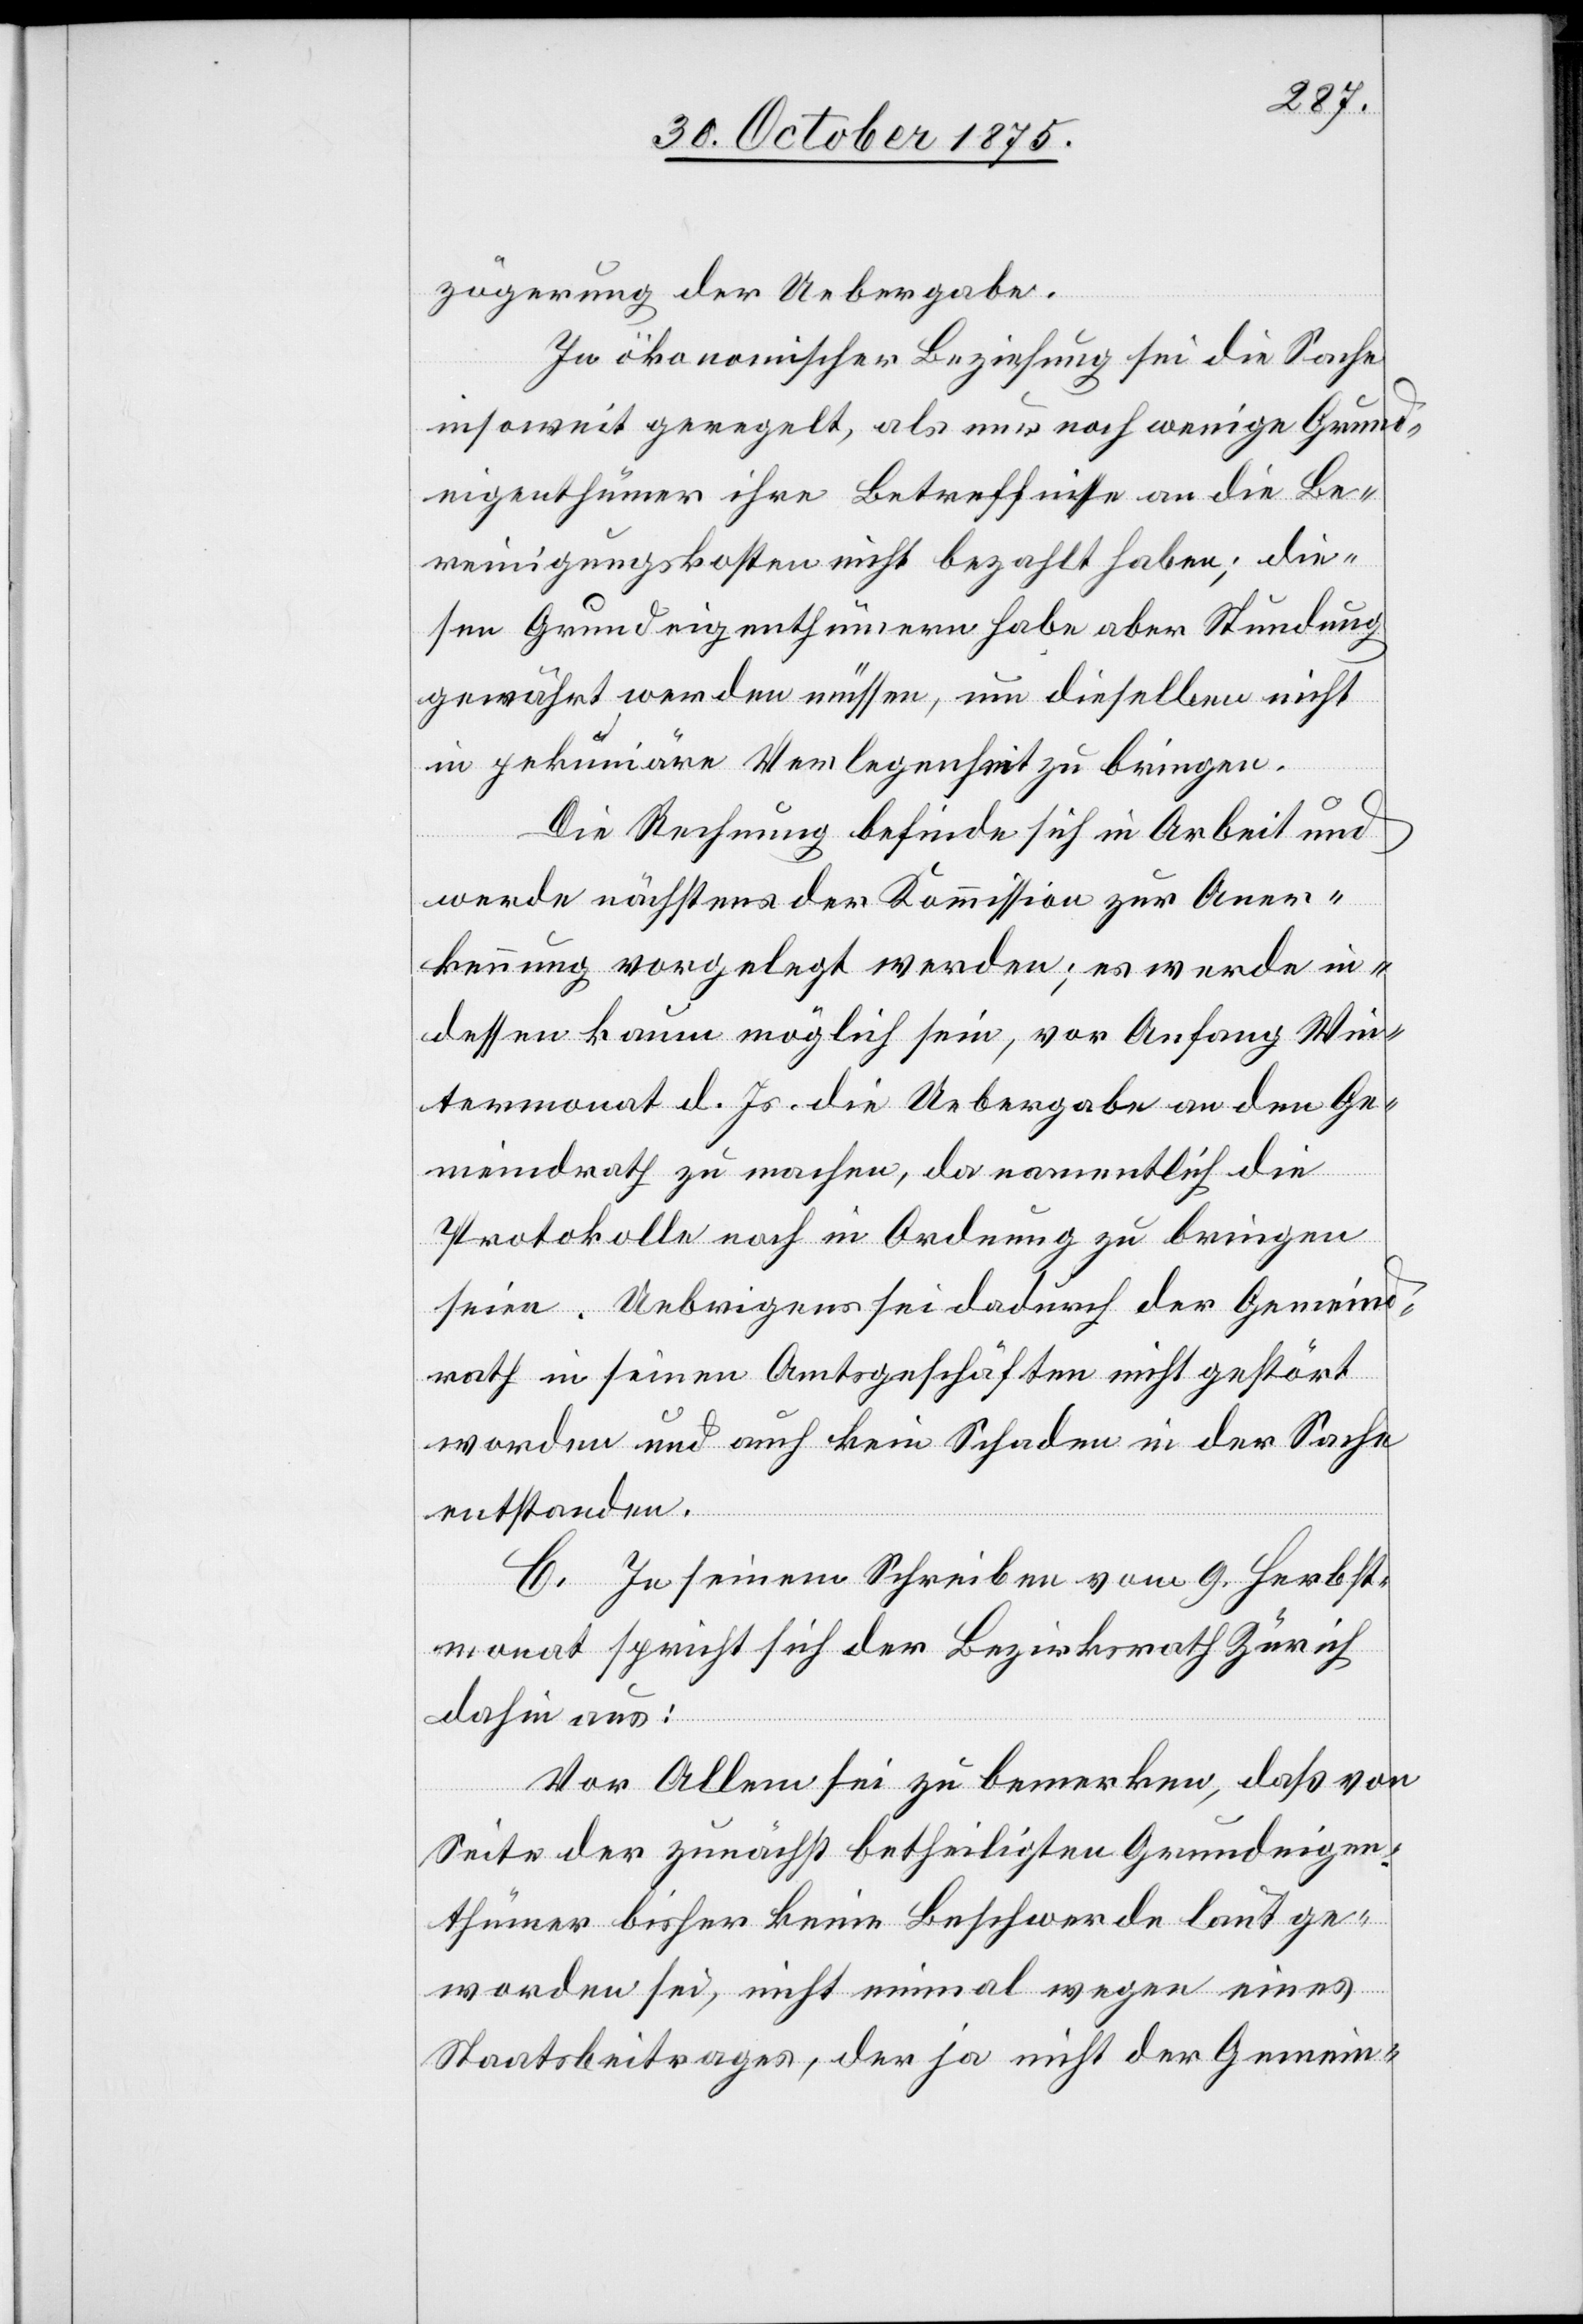
zögerung der Uebergabe.
In ökonomischer Beziehung sei die Sache
insoweit geregelt, als nur noch wenige Grund¬
eigenthümer ihre Betreffnisse an die Be¬
reinigungskosten nicht bezahlt haben; die¬
sen Grundeigenthümern habe aber Stundung
gewährt werden müssen, um dieselben nicht
in pekuniäre Verlegenheit zu bringen.
Die Rechnung befinde sich in Arbeit und
werde nächstens der Kommission zur Aner¬
kennung vorgelegt werden; es werde in¬
dessen kaum möglich sein, vor Anfang Win¬
termonat d. Js. die Uebergabe an den Ge¬
meindrath zu machen, da namentlich die
Protokolle noch in Ordnung zu bringen
seien. Uebrigens sei dadurch der Gemeind¬
rath in seinen Amtsgeschäften nicht gestört
worden und auch kein Schaden in der Sache
entstanden.
C. In seinem Schreiben vom 9. Herbst¬
monat spricht sich der Bezirksrath Zürich
dahin aus:
Vor Allem sei zu bemerken, daß von
Seite der zunächst betheiligten Grundeigen¬
thümer bisher keine Beschwerde laut ge¬
worden sei, nicht einmal wegen eines
Staatsbeitrages, der ja nicht der Gemein-